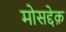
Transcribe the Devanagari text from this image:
मोसद्देक़